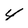
Character: 4